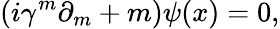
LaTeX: (i\gamma^{m}\partial_{m}+m)\psi(x)=0,